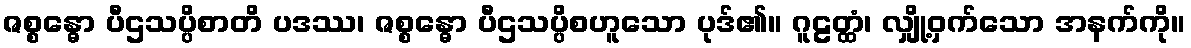
ဇစ္စန္ဓော ပီဌသပ္ပိစာတိ ပဒဿ၊ ဇစ္စန္ဓော ပီဌသပ္ပိစဟူသော ပုဒ်၏။ ဂူဠတ္ထံ၊ လျှို့ဝှက်သော အနက်ကို။